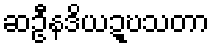
ဆဦနဒိယဍ္ဎသတာ